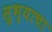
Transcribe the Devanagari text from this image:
सुभ्याचा